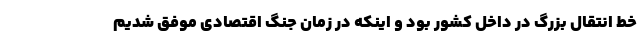
خط انتقال بزرگ در داخل کشور بود و اینکه در زمان جنگ اقتصادی موفق شدیم